Indian Medical Review
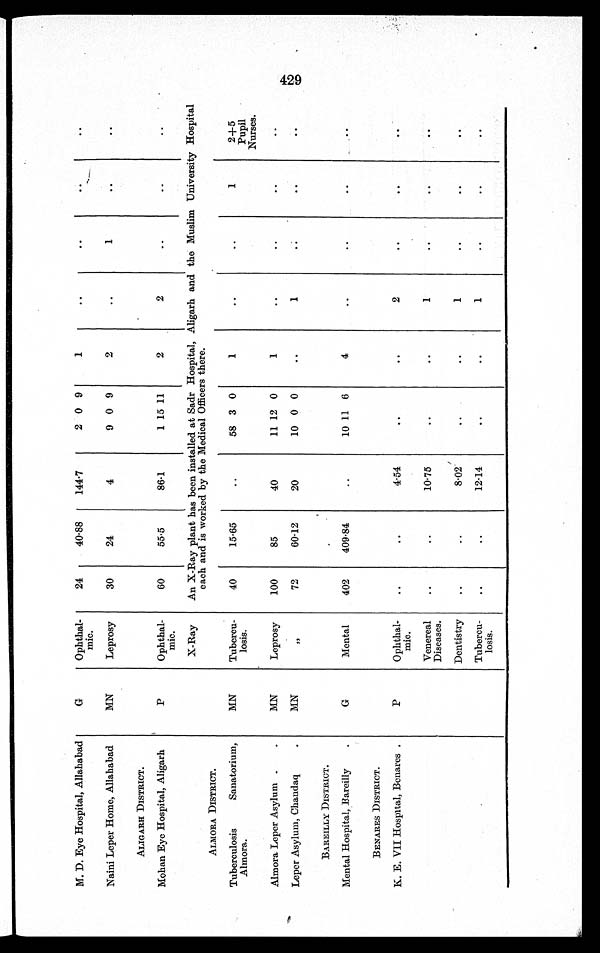
M. D. Eye Hospital, Allahabad
G
Ophthal-
mic.
24
40.88
144.7
2 0 9
1
..
..
..
. .
Naini Leper Home, Allahabad
MN
Leprosy
30
24
4
9 0 9
2
..
1
..
..
ALIGARH DISTRICT.
Mohan Eye Hospital, Aligarh
P
Ophthal-
mic.
60
55.5
86.1
1 15 11
2
2
..
..
..
X-Ray
An X-Ray plant has been installed at Sadr Hospital, Aligarh and the Muslim University Hospital
each and is worked by the Medical Officers there.
ALMORA DISTRICT.
Tuberculosis Sanatorium,
A l m o r a .
MN
Tubercu-
losis.
40
15.65
..
58 3 0
1
..
..
1
2+5
Pupil
Nurses.
Almora Leper Asylum .
.
MN
Leprosy
100
85
40
11 12 0
1
. .
..
..
. .
Leper Asylum, Chandaq
.
MN
"
72
60.12
20
10 0 0
. .
1
..
..
..
BAREILLY DISTRICT.
Mental Hospital, Bareilly
.
G
Mental
402
409.84
..
10 11 6
4
. .
..
..
. .
BENARES DISTRICT.
K. E. VII Hospital, Benares .
.
P
Ophthal-
mic.
..
..
4.54
. .
. .
2
. .
. .
. .
Venereal
Diseases.
..
. .
10.75
..
..
1
..
..
..
Dentistry
..
..
8.02
..
..
1
..
..
. .
Tubercu-
losis.
..
..
12.14
..
..
1
..
..
. .
429